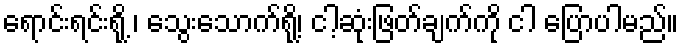
ရောင်းရင်းရို့ ၊ သွေးသောက်ရို့၊ ငါ့ဆုံးဖြတ်ချက်ကို ငါ ပြောပါမည်။